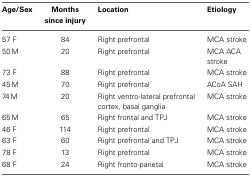
<table><thead><tr><td><b>Age/Sex</b></td><td><b>Months since injury</b></td><td><b>Location</b></td><td><b>Etiology</b></td></tr></thead><tbody><tr><td>57 F</td><td>84</td><td>Right prefrontal</td><td>MCA stroke</td></tr><tr><td>50 M</td><td>20</td><td>Right prefrontal</td><td>MCA ACA stroke</td></tr><tr><td>73 F</td><td>88</td><td>Right prefrontal</td><td>MCA stroke</td></tr><tr><td>45 M</td><td>70</td><td>Right prefrontal</td><td>ACoA SAH</td></tr><tr><td>74 M</td><td>20</td><td>Right ventro-lateral prefrontal cortex, basal ganglia</td><td>MCA stroke</td></tr><tr><td>65 M</td><td>65</td><td>Right frontal and TPJ</td><td>MCA stroke</td></tr><tr><td>46 F</td><td>114</td><td>Right prefrontal</td><td>MCA stroke</td></tr><tr><td>63 F</td><td>60</td><td>Right prefrontal and TPJ</td><td>MCA stroke</td></tr><tr><td>78 F</td><td>13</td><td>Right prefrontal</td><td>MCA stroke</td></tr><tr><td>68 F</td><td>24</td><td>Right fronto-parietal</td><td>MCA stroke</td></tr></tbody></table>